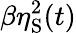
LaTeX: \beta\eta_{\mathrm{S}}^{2}(t)